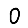
Digit: 0